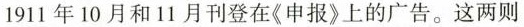
1911年10月和11月刊登在《申报》上的广告。这两则